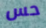
حس